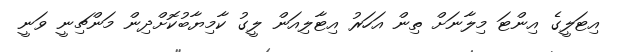
އިޓަލީގެ އިންޓަ މިލާނަށް ތިން އަހަރު އިޓާލިއަން ލީގު ކާމިޔާބުކޮށްދިން މަންޗިނީ ވަނީ